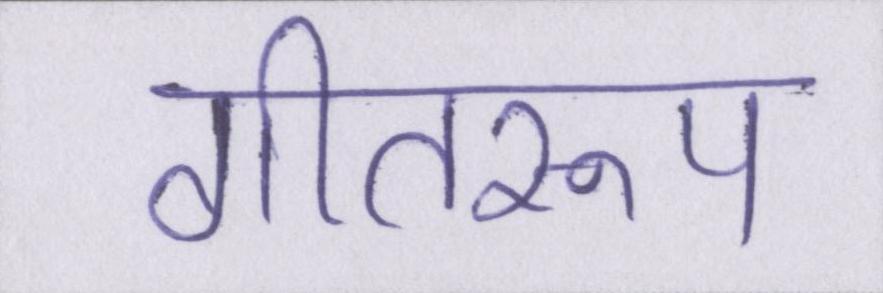
गीतरूप